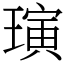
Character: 璌